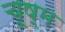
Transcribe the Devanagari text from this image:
चूष्म